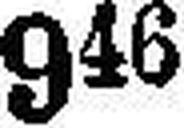
946